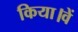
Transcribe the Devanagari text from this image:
किया।वें